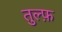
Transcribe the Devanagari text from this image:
तुल्फ़